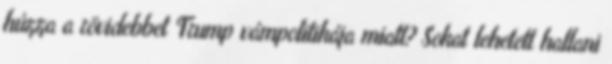
húzza a rövidebbet Trump vámpolitikája miatt? Sokat lehetett hallani